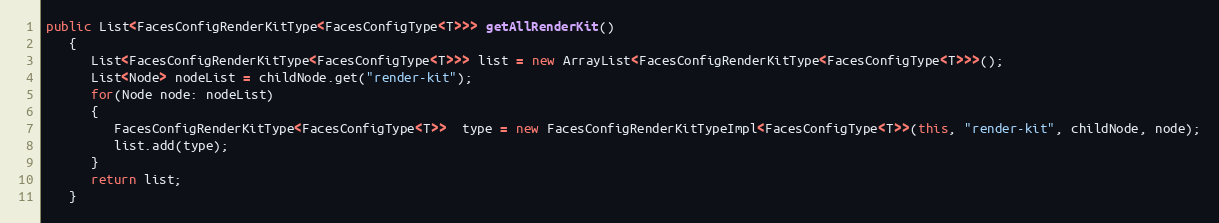
Language: Java
public List<FacesConfigRenderKitType<FacesConfigType<T>>> getAllRenderKit()
   {
      List<FacesConfigRenderKitType<FacesConfigType<T>>> list = new ArrayList<FacesConfigRenderKitType<FacesConfigType<T>>>();
      List<Node> nodeList = childNode.get("render-kit");
      for(Node node: nodeList)
      {
         FacesConfigRenderKitType<FacesConfigType<T>>  type = new FacesConfigRenderKitTypeImpl<FacesConfigType<T>>(this, "render-kit", childNode, node);
         list.add(type);
      }
      return list;
   }